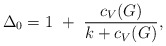
\begin{align*}\Delta_0=1~+~{c_V(G)\over k + c_V(G)},\end{align*}